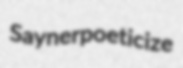
Sayner poeticize